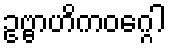
ဥဗ္ဗာဟိကဝဂ္ဂေါ